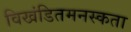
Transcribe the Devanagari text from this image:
विखंडितमनस्कता